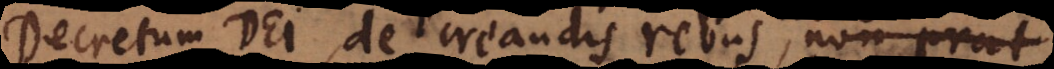
Decretum Dei, de creandis rebus, non erat